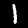
Digit: 1